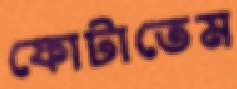
ফোটাতেম